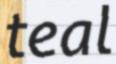
teal